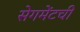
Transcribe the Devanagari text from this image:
सेगमेंटची